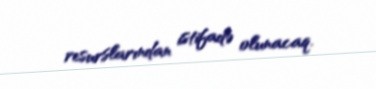
resurslarından istifadə olunacaq.